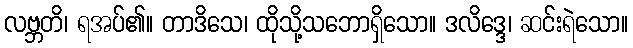
လဗ္ဘတိ၊ ရအပ်၏။ တာဒိသေ၊ ထိုသို့သဘောရှိသော။ ဒလိဒ္ဒေ၊ ဆင်းရဲသော။